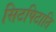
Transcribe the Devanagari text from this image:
सिटपिटाति